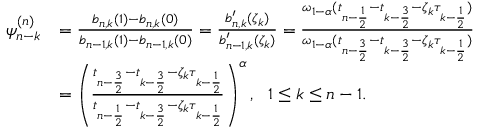
\begin{array} { r l } { \psi _ { n - k } ^ { ( n ) } } & { = \frac { b _ { n , k } ( 1 ) - b _ { n , k } ( 0 ) } { b _ { n - 1 , k } ( 1 ) - b _ { n - 1 , k } ( 0 ) } = \frac { b _ { n , k } ^ { \prime } ( \zeta _ { k } ) } { b _ { n - 1 , k } ^ { \prime } ( \zeta _ { k } ) } = \frac { \omega _ { 1 - \alpha } ( t _ { n - \frac { 1 } { 2 } } - t _ { k - \frac { 3 } { 2 } } - \zeta _ { k } \tau _ { k - \frac { 1 } { 2 } } ) } { \omega _ { 1 - \alpha } ( t _ { n - \frac { 3 } { 2 } } - t _ { k - \frac { 3 } { 2 } } - \zeta _ { k } \tau _ { k - \frac { 1 } { 2 } } ) } } \\ & { = \left( \frac { t _ { n - \frac { 3 } { 2 } } - t _ { k - \frac { 3 } { 2 } } - \zeta _ { k } \tau _ { k - \frac { 1 } { 2 } } } { t _ { n - \frac { 1 } { 2 } } - t _ { k - \frac { 3 } { 2 } } - \zeta _ { k } \tau _ { k - \frac { 1 } { 2 } } } \right) ^ { \alpha } , ~ ~ 1 \le k \le n - 1 . } \end{array}